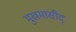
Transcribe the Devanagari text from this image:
मुखमासीद्